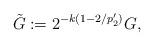
LaTeX: \begin{align*}\tilde G:=2^{-k(1-2/p_{2}')} G,\end{align*}